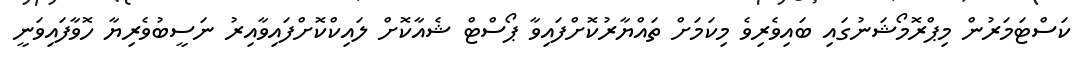
ކަސްޓަމަރުން މިޕްރޮމޯޝަނުގައި ބައިވެރިވެ މިކަމަށް ތައްޔާރުކޮށްފައިވާ ޕޯސްޓް ޝެއާކޮށް ލައިކްކޮށްފައިވާއިރު ނަސީބުވެރިޔާ ހޮވާފައިވަނީ